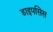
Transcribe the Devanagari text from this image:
डाइपसिस